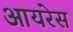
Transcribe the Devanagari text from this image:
आयरेस